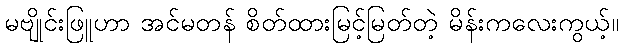
မဗျိုင်းဖြူဟာ အင်မတန် စိတ်ထားမြင့်မြတ်တဲ့ မိန်းကလေးကွယ့်။